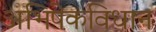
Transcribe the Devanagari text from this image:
अभिषेकविधान